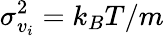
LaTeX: \sigma_{v_{i}}^{2}=k_{B}T/m